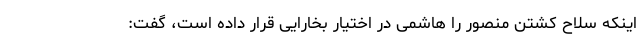
اینکه سلاح کشتن منصور را هاشمی در اختیار بخارایی قرار داده است، گفت: